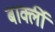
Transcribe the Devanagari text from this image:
बार्क्ली